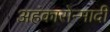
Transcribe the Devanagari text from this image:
अहंकारोन्मादी